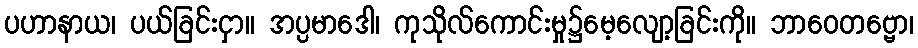
ပဟာနာယ၊ ပယ်ခြင်းငှာ။ အပ္ပမာဒေါ၊ ကုသိုလ်ကောင်းမှု၌မေ့လျော့ခြင်းကို။ ဘာဝေတဗ္ဗော၊